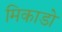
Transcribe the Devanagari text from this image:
मिकाडो